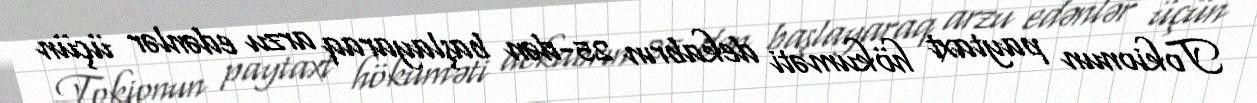
Tokionun paytaxt hökuməti dekabrın 25-dən başlayaraq arzu edənlər üçün